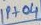
Text: IP+04